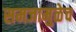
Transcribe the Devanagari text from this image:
समजामुळेच